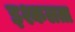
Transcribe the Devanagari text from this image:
इश्कलता